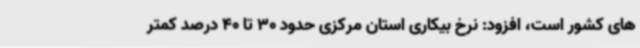
های کشور است، افزود: نرخ بیکاری استان مرکزی حدود 30 تا 40 درصد کمتر